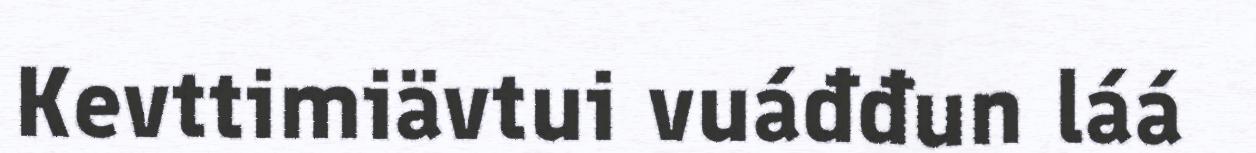
Kevttimiävtui vuáđđun láá